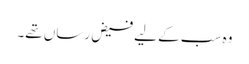
وہ سب کے لیے فیض رساں تھے۔